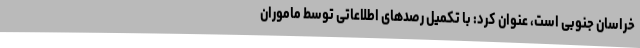
خراسان جنوبی است، عنوان کرد: با تکمیل رصدهای اطلاعاتی توسط ماموران